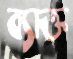
ব্যাক্ত